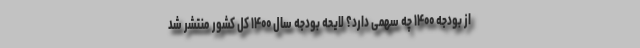
از بودجه ۱۴۰۰ چه سهمی دارد؟ لایحه بودجه سال ۱۴۰۰ کل کشور منتشر شد